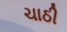
ચાઠી